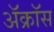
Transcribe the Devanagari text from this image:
ॲक्रॉस